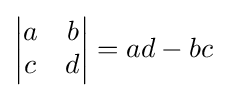
{\begin{vmatrix}a&b\\c&d\end{vmatrix}}=ad-bc